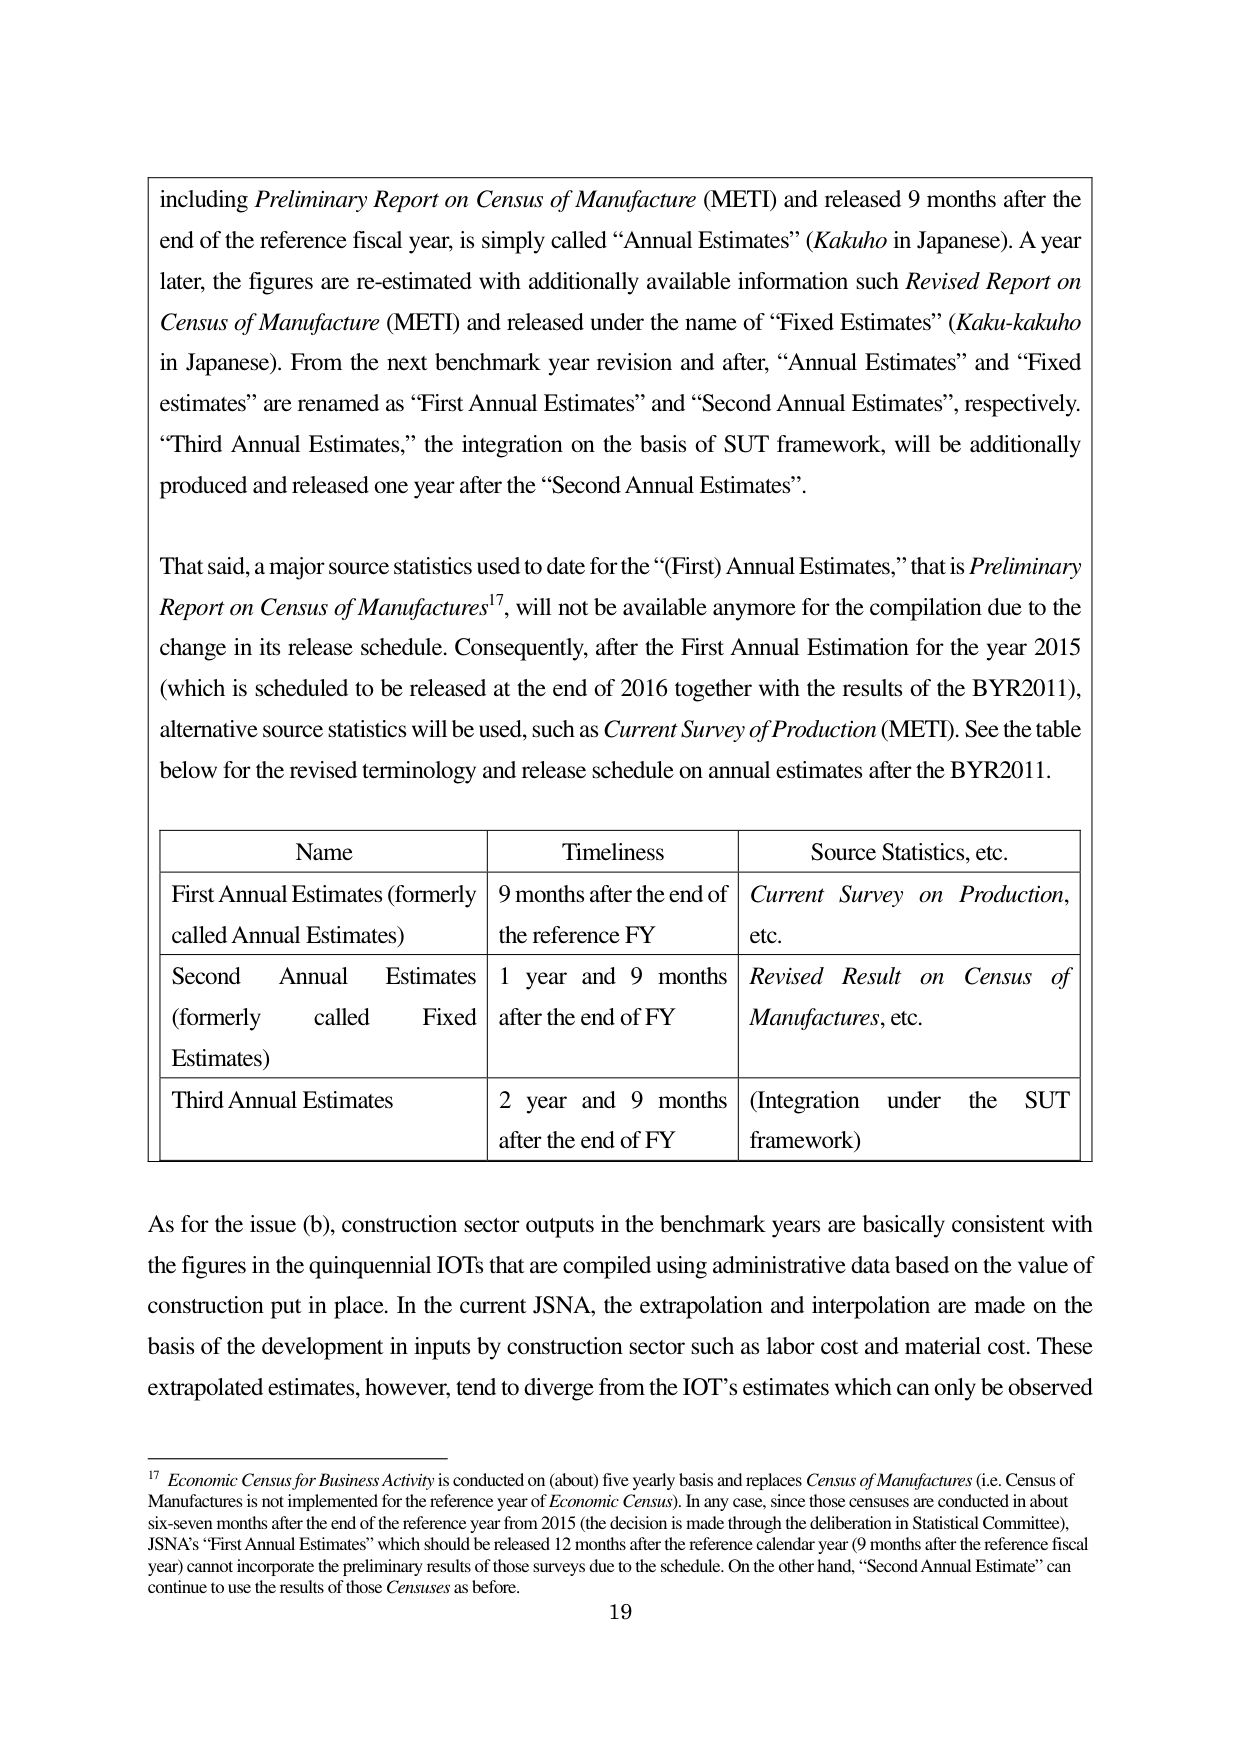
including Preliminary Report on Census of Manufacture (METI) and released 9 months after the end of the reference fiscal year, is simply called “Annual Estimates” (Kakuho in Japanese). A year later, the figures are re-estimated with additionally available information such Revised Report on Census of Manufacture (METI) and released under the name of “Fixed Estimates” (Kaku-kakuho in Japanese). From the next benchmark year revision and after, “Annual Estimates” and “Fixed estimates” are renamed as “First Annual Estimates” and “Second Annual Estimates”, respectively. “Third Annual Estimates,” the integration on the basis of SUT framework, will be additionally produced and released one year after the “Second Annual Estimates”.

That said, a major source statistics used to date for the “(First) Annual Estimates,” that is Preliminary Report on Census of Manufactures¹⁷, will not be available anymore for the compilation due to the change in its release schedule. Consequently, after the First Annual Estimation for the year 2015 (which is scheduled to be released at the end of 2016 together with the results of the BYR2011), alternative source statistics will be used, such as Current Survey of Production (METI). See the table below for the revised terminology and release schedule on annual estimates after the BYR2011.

Name	Timeliness	Source Statistics, etc.
First Annual Estimates (formerly called Annual Estimates)	9 months after the end of the reference FY	Current Survey on Production, etc.
Second Annual Estimates (formerly called Fixed Estimates)	1 year and 9 months after the end of FY	Revised Result on Census of Manufactures, etc.
Third Annual Estimates	2 year and 9 months after the end of FY	(Integration under the SUT framework)

As for the issue (b), construction sector outputs in the benchmark years are basically consistent with the figures in the quinquennial IOTs that are compiled using administrative data based on the value of construction put in place. In the current JSNA, the extrapolation and interpolation are made on the basis of the development in inputs by construction sector such as labor cost and material cost. These extrapolated estimates, however, tend to diverge from the IOT’s estimates which can only be observed

¹⁷ Economic Census for Business Activity is conducted on (about) five yearly basis and replaces Census of Manufactures (i.e. Census of Manufactures is not implemented for the reference year of Economic Census). In any case, since those censuses are conducted in about six-seven months after the end of the reference year from 2015 (the decision is made through the deliberation in Statistical Committee), JSNA’s “First Annual Estimates” which should be released 12 months after the reference calendar year (9 months after the reference fiscal year) cannot incorporate the preliminary results of those surveys due to the schedule. On the other hand, “Second Annual Estimate” can continue to use the results of those Censuses as before.

19